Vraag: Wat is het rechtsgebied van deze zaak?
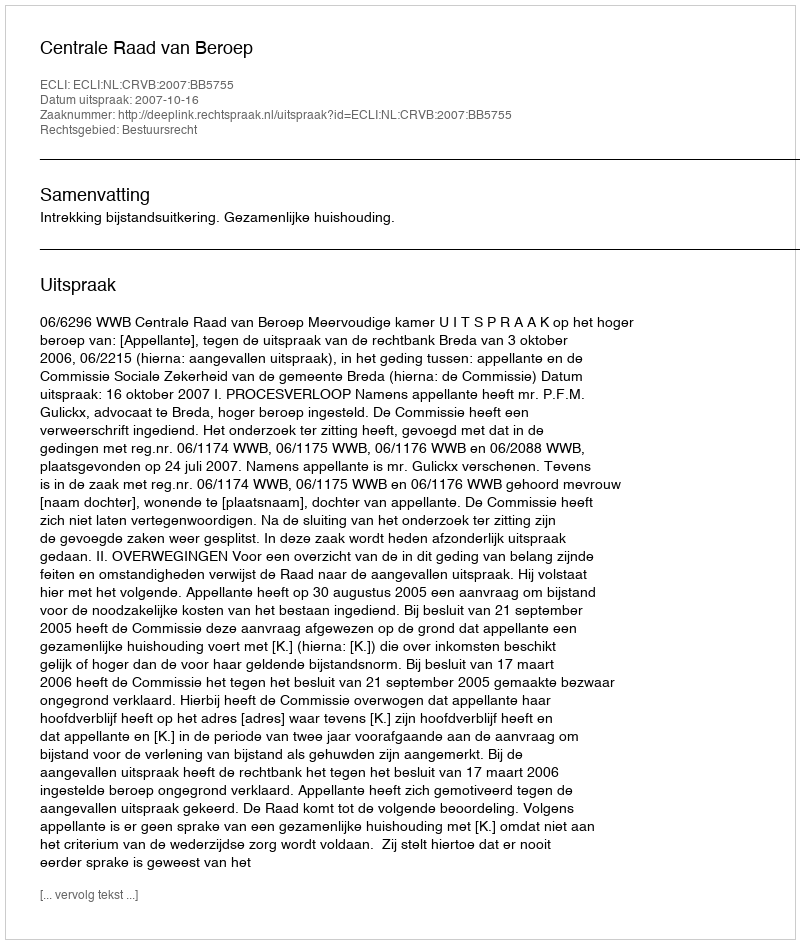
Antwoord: Bestuursrecht